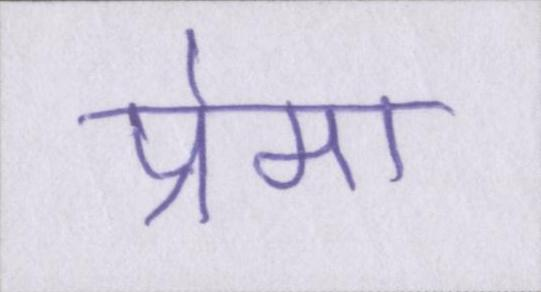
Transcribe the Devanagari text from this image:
प्रेमा